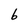
Character: 6